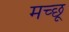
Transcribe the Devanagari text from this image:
मच्‍छू